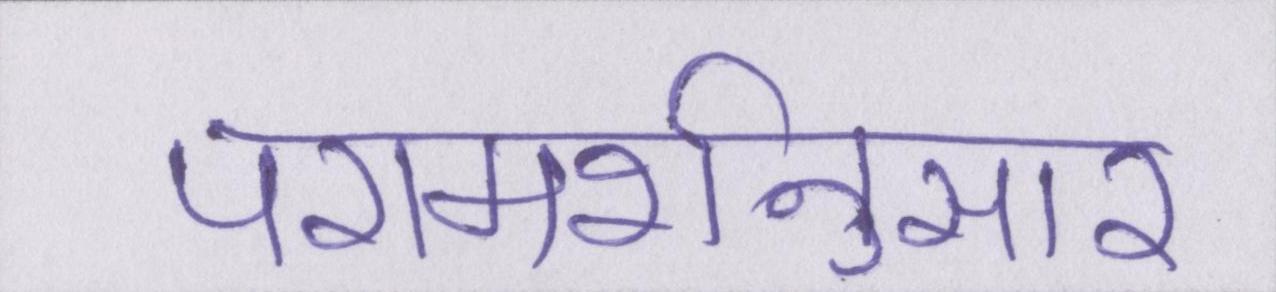
परामर्शनुसार